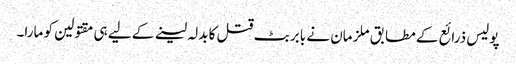
پولیس ذرائع کے مطابق ملزمان نے بابر بٹ قتل کا بدلہ لینے کے لیے ہی مقتولین کو مارا۔